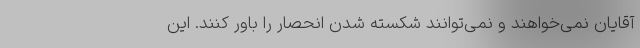
آقایان نمی‌خواهند و نمی‌توانند شکسته شدن انحصار را باور کنند. این